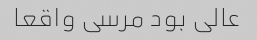
عالی بود مرسی واقعا